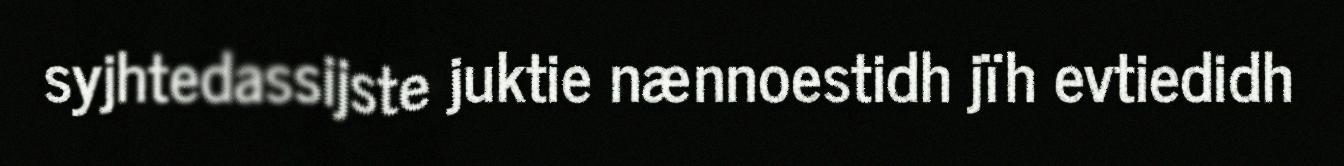
syjhtedassijste juktie nænnoestidh jïh evtiedidh